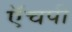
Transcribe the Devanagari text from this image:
ऍचपी